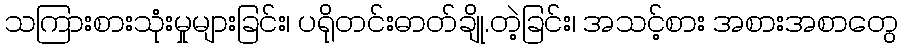
သကြားစားသုံးမှုများခြင်း၊ ပရိုတင်းဓာတ်ချို.တဲ့ခြင်း၊ အသင့်စား အစားအစာတွေ